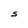
Character: S